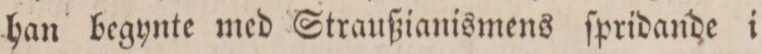
han begynte med Straußianismens ſpridande i